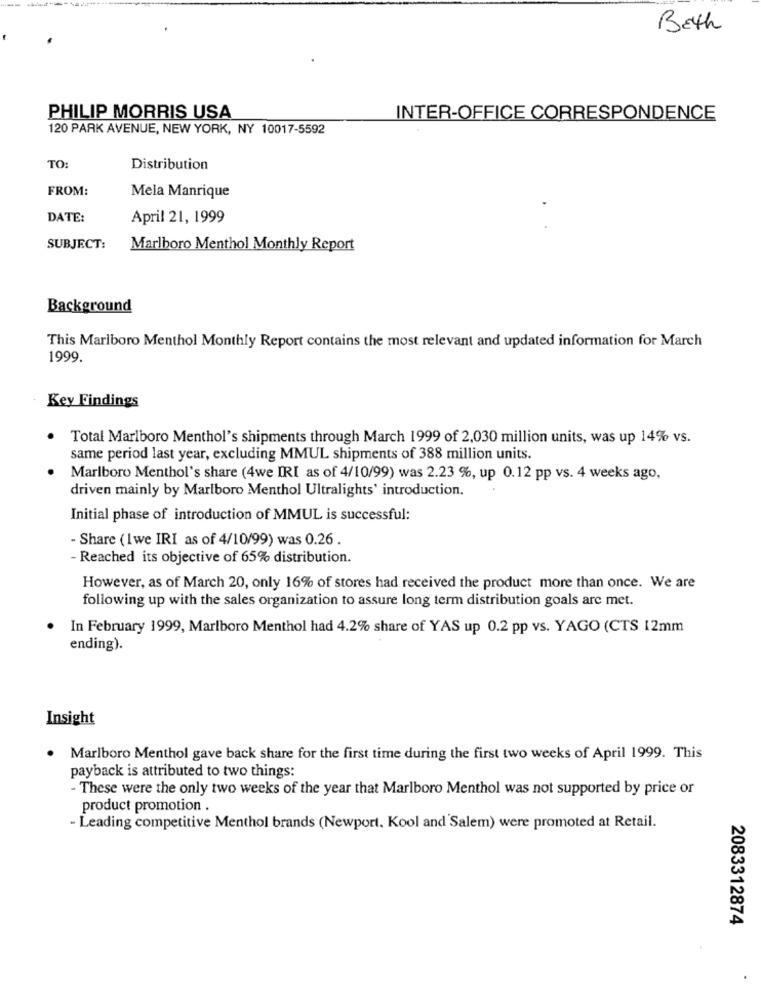
--
Beth
PHILIP MORRIS USA
INTER-OFFICE CORRESPONDENCE
120 PARK AVENUE, NEW YORK, NY 10017-5592
TO:
Distribution
FROM:
Mela Manrique
DATE:
April 21, 1999
SUBJECT:
Marlboro Menthol Monthly Report
Background
This Marlboro Menthol Monthly Report contains the most relevant and updated information for March
1999.
Key Findings
Total Marlboro Menthol's shipments through March 1999 of 2,030 million units, was up 14% vs.
same period last year, excluding MMUL shipments of 388 million units.
Marlboro Menthol's share (4we IRI as of 4/10/99) was 2.23 %, up 0.12 pp vs. 4 weeks ago,
driven mainly by Marlboro Menthol Ultralights' introduction.
Initial phase of introduction of MMUL is successful:
- Share (1we IRI as of 4/10/99) was 0.26.
- Reached its objective of 65% distribution.
However, as of March 20, only 16% of stores had received the product more than once. We are
following up with the sales organization to assure long term distribution goals are met.
In February 1999, Marlboro Menthol had 4.2% share of YAS up 0.2 pp vs. YAGO (CTS 12mm
ending).
Insight
Marlboro Menthol gave back share for the first time during the first two weeks of April 1999. This
payback is attributed to two things:
- These were the only two weeks of the year that Marlboro Menthol was not supported by price or
product promotion .
- Leading competitive Menthol brands (Newport. Kool and Salem) were promoted at Retail.
2083312874